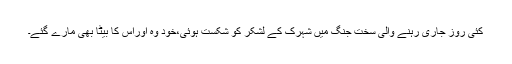
کئی روز جاری رہنے والی سخت جنگ میں شہرک کے لشکر کو شکست ہوئی،خود وہ اوراس کا بیٹا بھی مارے گئے۔